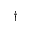
\dagger